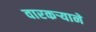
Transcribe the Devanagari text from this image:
वारकर्‍याने